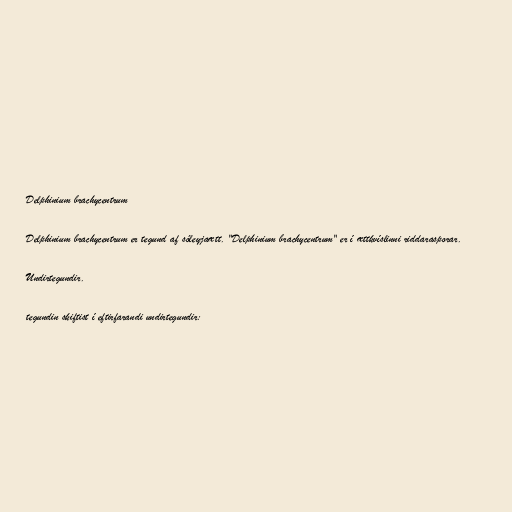
Delphinium brachycentrum

Delphinium brachycentrum er tegund af sóleyjaætt. "Delphinium brachycentrum" er í ættkvíslinni riddarasporar.

Undirtegundir.

tegundin skiftist í eftirfarandi undirtegundir: